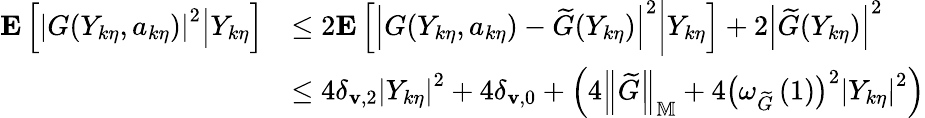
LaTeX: \begin{array}{rl}{\mathbf{E}\left[\left.\left|G(Y_{k\eta},a_{k\eta})\right|^{2}\right|Y_{k\eta}\right]}&{\le 2\mathbf{E}\left[\left.\left|G(Y_{k\eta},a_{k\eta})-\widetilde{G}(Y_{k\eta})\right|^{2}\right|Y_{k\eta}\right]+2\left|\widetilde{G}(Y_{k\eta})\right|^{2}}\\ &{\le 4\delta_{\mathbf{v},2}\left|Y_{k\eta}\right|^{2}+4\delta_{\mathbf{v},0}+\left(4\left\| \widetilde{G}\right\| _{\mathbb{M}}+4\left(\omega_{\widetilde{G}}\left(1\right)\right)^{2}\left|Y_{k\eta}\right|^{2}\right)}\end{array}